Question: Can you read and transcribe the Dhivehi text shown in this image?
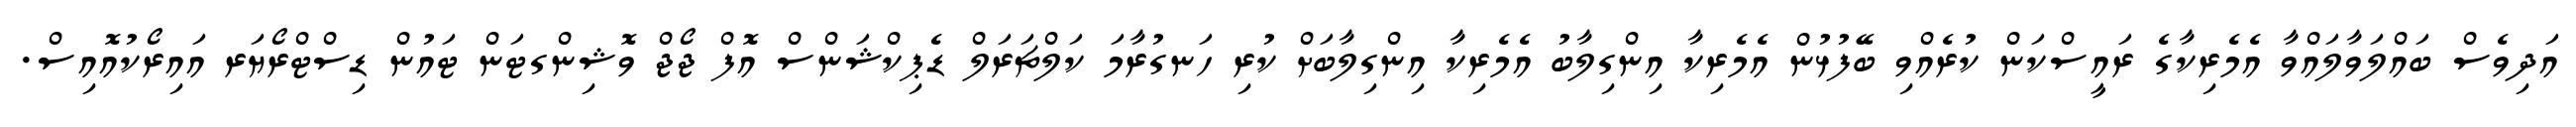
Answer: އަދިވެސް ބައްލަވާލައްވާ އެމެރިކާގެ ރައީސްކަން ކުރެއްވި ބޭފުޅުން އެމެރިކާ އިންގިލާބު އެމެރިކާ އިންގިލާބަށް ކުރި ހަނގުރާމަ ކަލްޗަރަލް ޑެޕިކްޝަންސް އޮފް ޖޯޖް ވޮޝިންގޓަން ޓައުން ޑިސްޓްރޯޔަރ އައިރޯކުއޮއިސް.